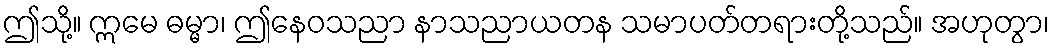
ဤသို့။ ဣမေ ဓမ္မာ၊ ဤနေဝသညာ နာသညာယတန သမာပတ်တရားတို့သည်။ အဟုတွာ၊